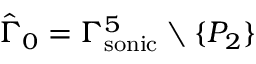
\hat { \Gamma } _ { 0 } = { \Gamma _ { \mathrm { { s o n i c } } } ^ { 5 } } \setminus \{ P _ { 2 } \}